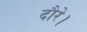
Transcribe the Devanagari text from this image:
दौरे।